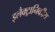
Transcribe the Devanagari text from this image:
इलैक्ट्रानिकीय